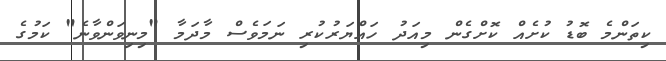
ކިތަންމެ ބޮޑު ކުށެއް ކޮށްގެން މިއަދު ހައްޔަރުކުރި ނަމަވެސް މާދަމާ "މިނިވަންވާނެ" ކަމުގެ